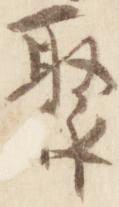
聚